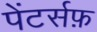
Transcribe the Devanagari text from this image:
पेंटर्सफ़